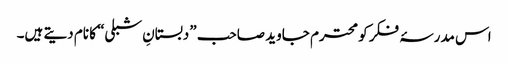
اس مدرسۂ فکر کو محترم جاوید صاحب ”دبستانِ شبلی“ کا نام دیتے ہیں۔